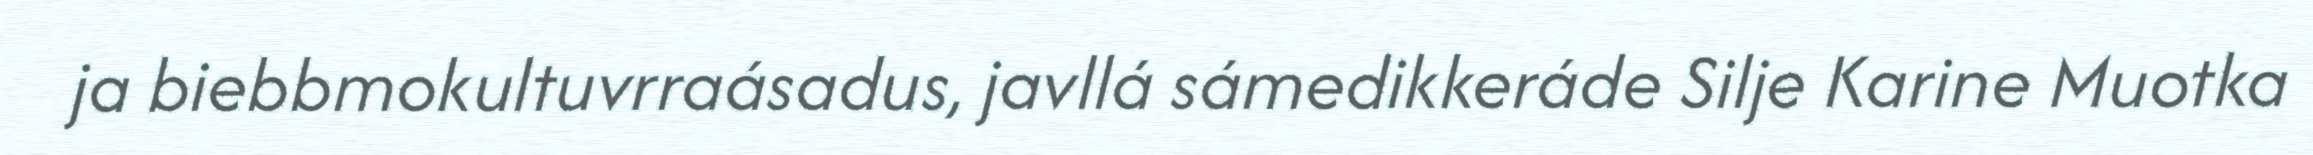
ja biebbmokultuvrraásadus, javllá sámedikkeráde Silje Karine Muotka